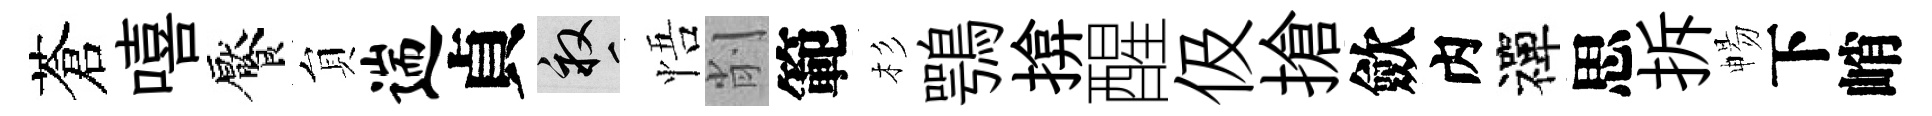
蒼嘻饜貟遄貞畝悟削範杉鶚揜醒伋搶歛内禪思拆暢下峭